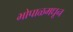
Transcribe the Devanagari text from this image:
भोपाळमधून